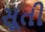
સૂતી